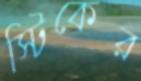
স্টিকের